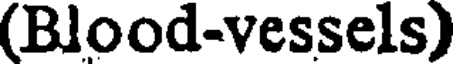
(Blood-vessels)